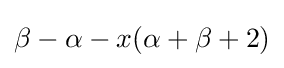
\beta -\alpha -x(\alpha +\beta +2)